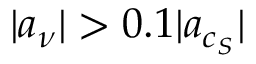
| \boldsymbol { a } _ { \nu } | > 0 . 1 | \boldsymbol { a } _ { c _ { S } } |